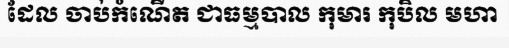
ដែល ចាប់កំណើត ជាធម្មបាល កុមារ កុបិល មហា